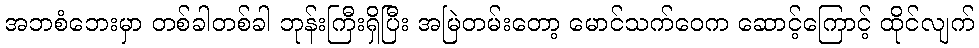
အဘစံဘေးမှာ တစ်ခါတစ်ခါ ဘုန်းကြီးရှိပြီး အမြဲတမ်းတော့ မောင်သက်ဝေက ဆောင့်ကြောင့် ထိုင်လျက်